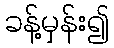
ခန့်မှန်း၍